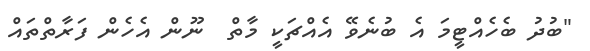
"ބުދު ބެހެއްޓީމަ އެ ބުނެވޭ އެއްޗަކީ މާތް  ނޫން އެހެން ފަރާތްތައް